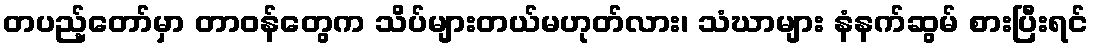
တပည့်တော်မှာ တာဝန်တွေက သိပ်များတယ်မဟုတ်လား၊ သံဃာများ နံနက်ဆွမ် စားပြီးရင်